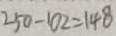
2 5 0 - 1 0 2 = 1 4 8